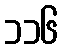
၁၁၆